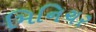
મિનિચર